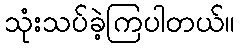
သုံးသပ်ခဲ့ကြပါတယ်။